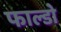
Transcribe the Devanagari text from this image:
फाल्डो